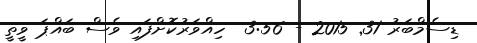
ޑިސެމްބަރު 31